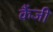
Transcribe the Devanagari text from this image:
कैंजी